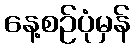
နေ့စဉ်ပုံမှန်